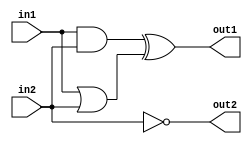
`timescale 1ns / 1ps
//////////////////////////////////////////////////////////////////////////////////
// Company: 
// Engineer: 
// 
// Design Name: 
// Module Name: first_system_dataflow_merged
// Project Name: 
// Target Devices: 
// Tool Versions: 
// Description: 
// 
// Dependencies: 
// 
// Revision:
// Revision 0.01 - File Created
// Additional Comments:
// 
//////////////////////////////////////////////////////////////////////////////////


module first_system_dataflow_merged(out1,out2,in1,in2);

//port definition
input in1,in2;
output out1,out2;

//description of the digital system
// dataflow modeling in merged form

assign out1 = (in1 & in2) ^ (in1 | in2);
assign out2 = ~ in2;

endmodule